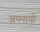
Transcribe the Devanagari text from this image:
अपनायो